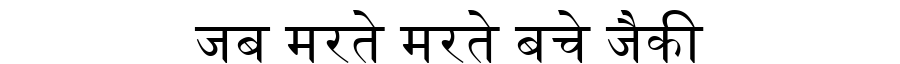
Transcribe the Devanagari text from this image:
जब मरते मरते बचे जैकी